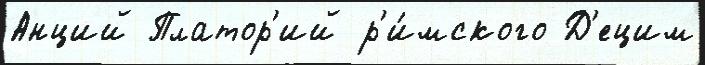
Анций Платор'ий р'и́мского Д'ецим